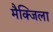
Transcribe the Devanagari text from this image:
मैक्जिला